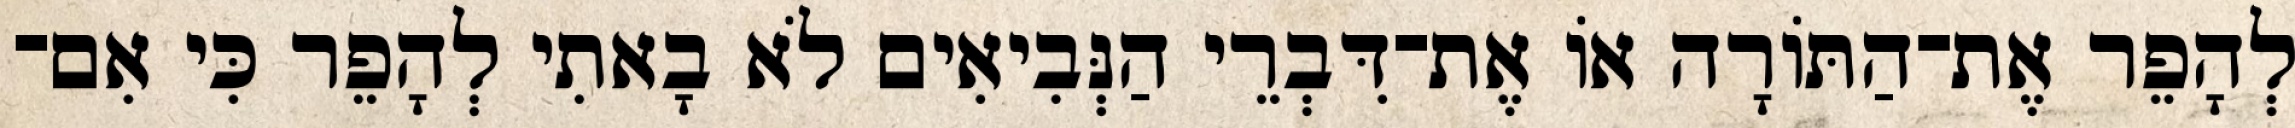
לְהָפֵר אֶת־הַתּוֹרָה אוֹ אֶת־דִּבְרֵי הַנְּבִיאִים לֹא בָאתִי לְהָפֵר כִּי אִם־